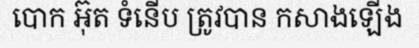
បោក អ៊ុត ទំនើប ត្រូវបាន កសាងឡើង